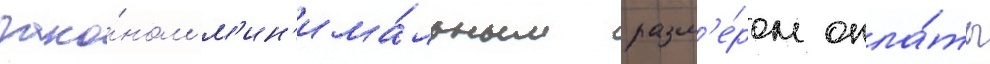
зако́ном м'ин'има́льным разм'е́ром опла́ты